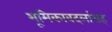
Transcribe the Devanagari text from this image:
भूमिकाबदलांसह